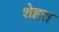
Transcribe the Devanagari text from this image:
शेहरा